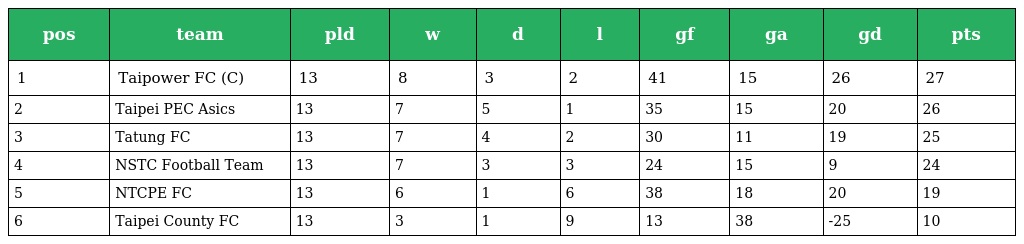
| pos | team | pld | w | d | l | gf | ga | gd | pts |
 | --- | --- | --- | --- | --- | --- | --- | --- | --- | --- |
 | 1 | Taipower FC (C) | 13 | 8 | 3 | 2 | 41 | 15 | 26 | 27 |
 | 2 | Taipei PEC Asics | 13 | 7 | 5 | 1 | 35 | 15 | 20 | 26 |
 | 3 | Tatung FC | 13 | 7 | 4 | 2 | 30 | 11 | 19 | 25 |
 | 4 | NSTC Football Team | 13 | 7 | 3 | 3 | 24 | 15 | 9 | 24 |
 | 5 | NTCPE FC | 13 | 6 | 1 | 6 | 38 | 18 | 20 | 19 |
 | 6 | Taipei County FC | 13 | 3 | 1 | 9 | 13 | 38 | -25 | 10 |